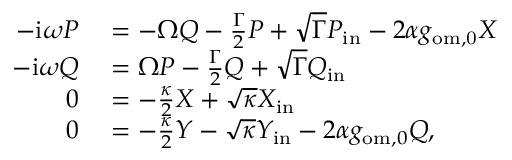
\begin{array} { r l } { - \mathrm { i } \omega P } & { { } = - \Omega Q - \frac { \Gamma } { 2 } P + \sqrt { \Gamma } P _ { \mathrm { i n } } - 2 \alpha g _ { \mathrm { o m , 0 } } X } \\ { - \mathrm { i } \omega Q } & { { } = \Omega P - \frac { \Gamma } { 2 } Q + \sqrt { \Gamma } Q _ { \mathrm { i n } } } \\ { 0 } & { { } = - \frac { \kappa } { 2 } X + \sqrt { \kappa } X _ { \mathrm { i n } } } \\ { 0 } & { { } = - \frac { \kappa } { 2 } Y - \sqrt { \kappa } Y _ { \mathrm { i n } } - 2 \alpha g _ { \mathrm { o m } , 0 } Q , } \end{array}